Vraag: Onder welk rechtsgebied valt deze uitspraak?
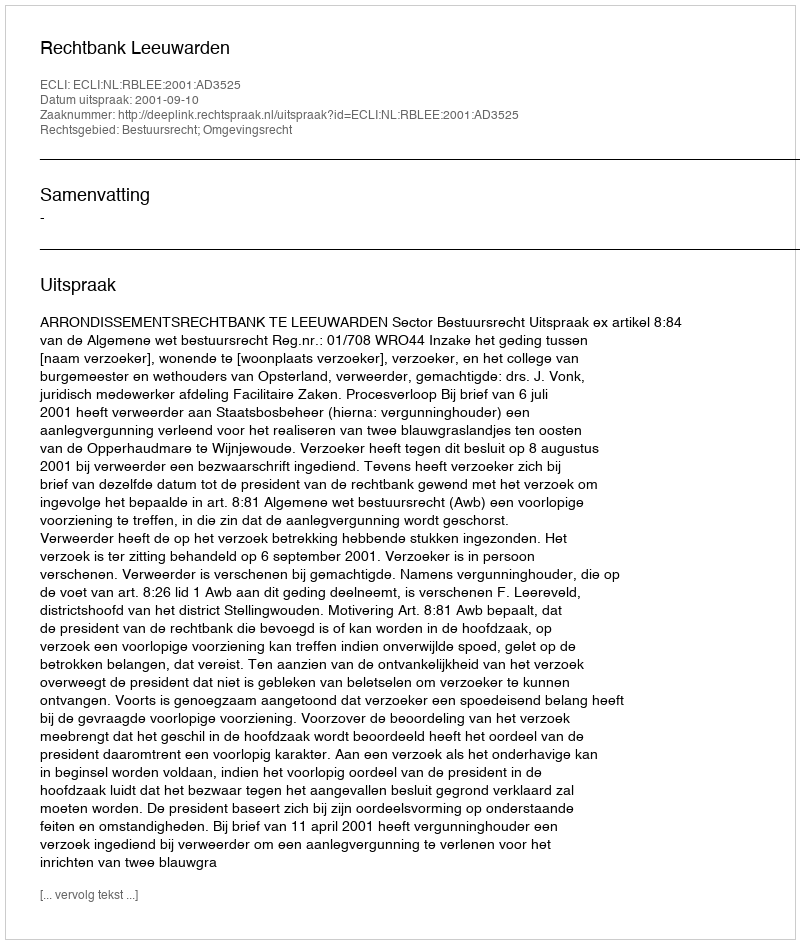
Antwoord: Bestuursrecht; Omgevingsrecht